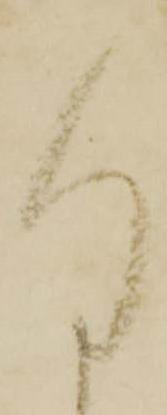
謹